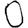
Digit: 0